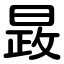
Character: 晸